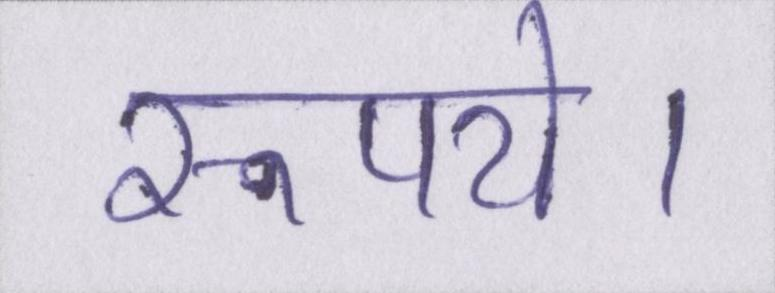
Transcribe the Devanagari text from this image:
रूपये।